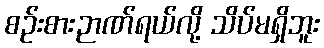
စဉ်းစားဉာဏ်ရယ်လို့ သိပ်မရှိဘူး